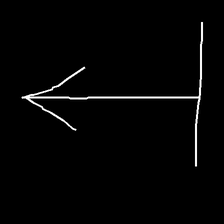
Glyph: levitation